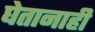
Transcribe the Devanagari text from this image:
घेतानाही